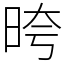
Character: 晇